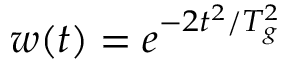
w ( t ) = e ^ { - 2 t ^ { 2 } / T _ { g } ^ { 2 } }